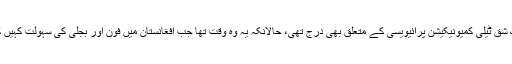
دستور میں ایک شق ٹیلی کمیونیکیشن پرائیویسی کے متعلق بھی درج تھی، حالانکہ یہ وہ وقت تھا جب افغانستان میں فون اور بجلی کی سہولت کہیں کہیں میسر تھی۔